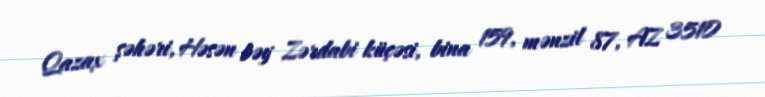
Qazax şəhəri, Həsən bəy Zərdabi küçəsi, bina 159, mənzil 87, AZ 3510